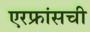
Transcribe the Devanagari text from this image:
एरफ्रांसची